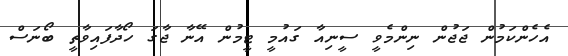
އެހެންކަމުން ޖަޖުން ނިންމެވީ ސީނިއާ ގައުމީ ޓީމުން އޭނާ ޖާގަ ހޯދާފައިވާތީ ބޯނަސް